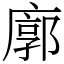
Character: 廓